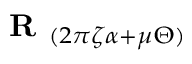
{ \textbf { R } } _ { ( 2 \pi \zeta \alpha + \mu \Theta ) }